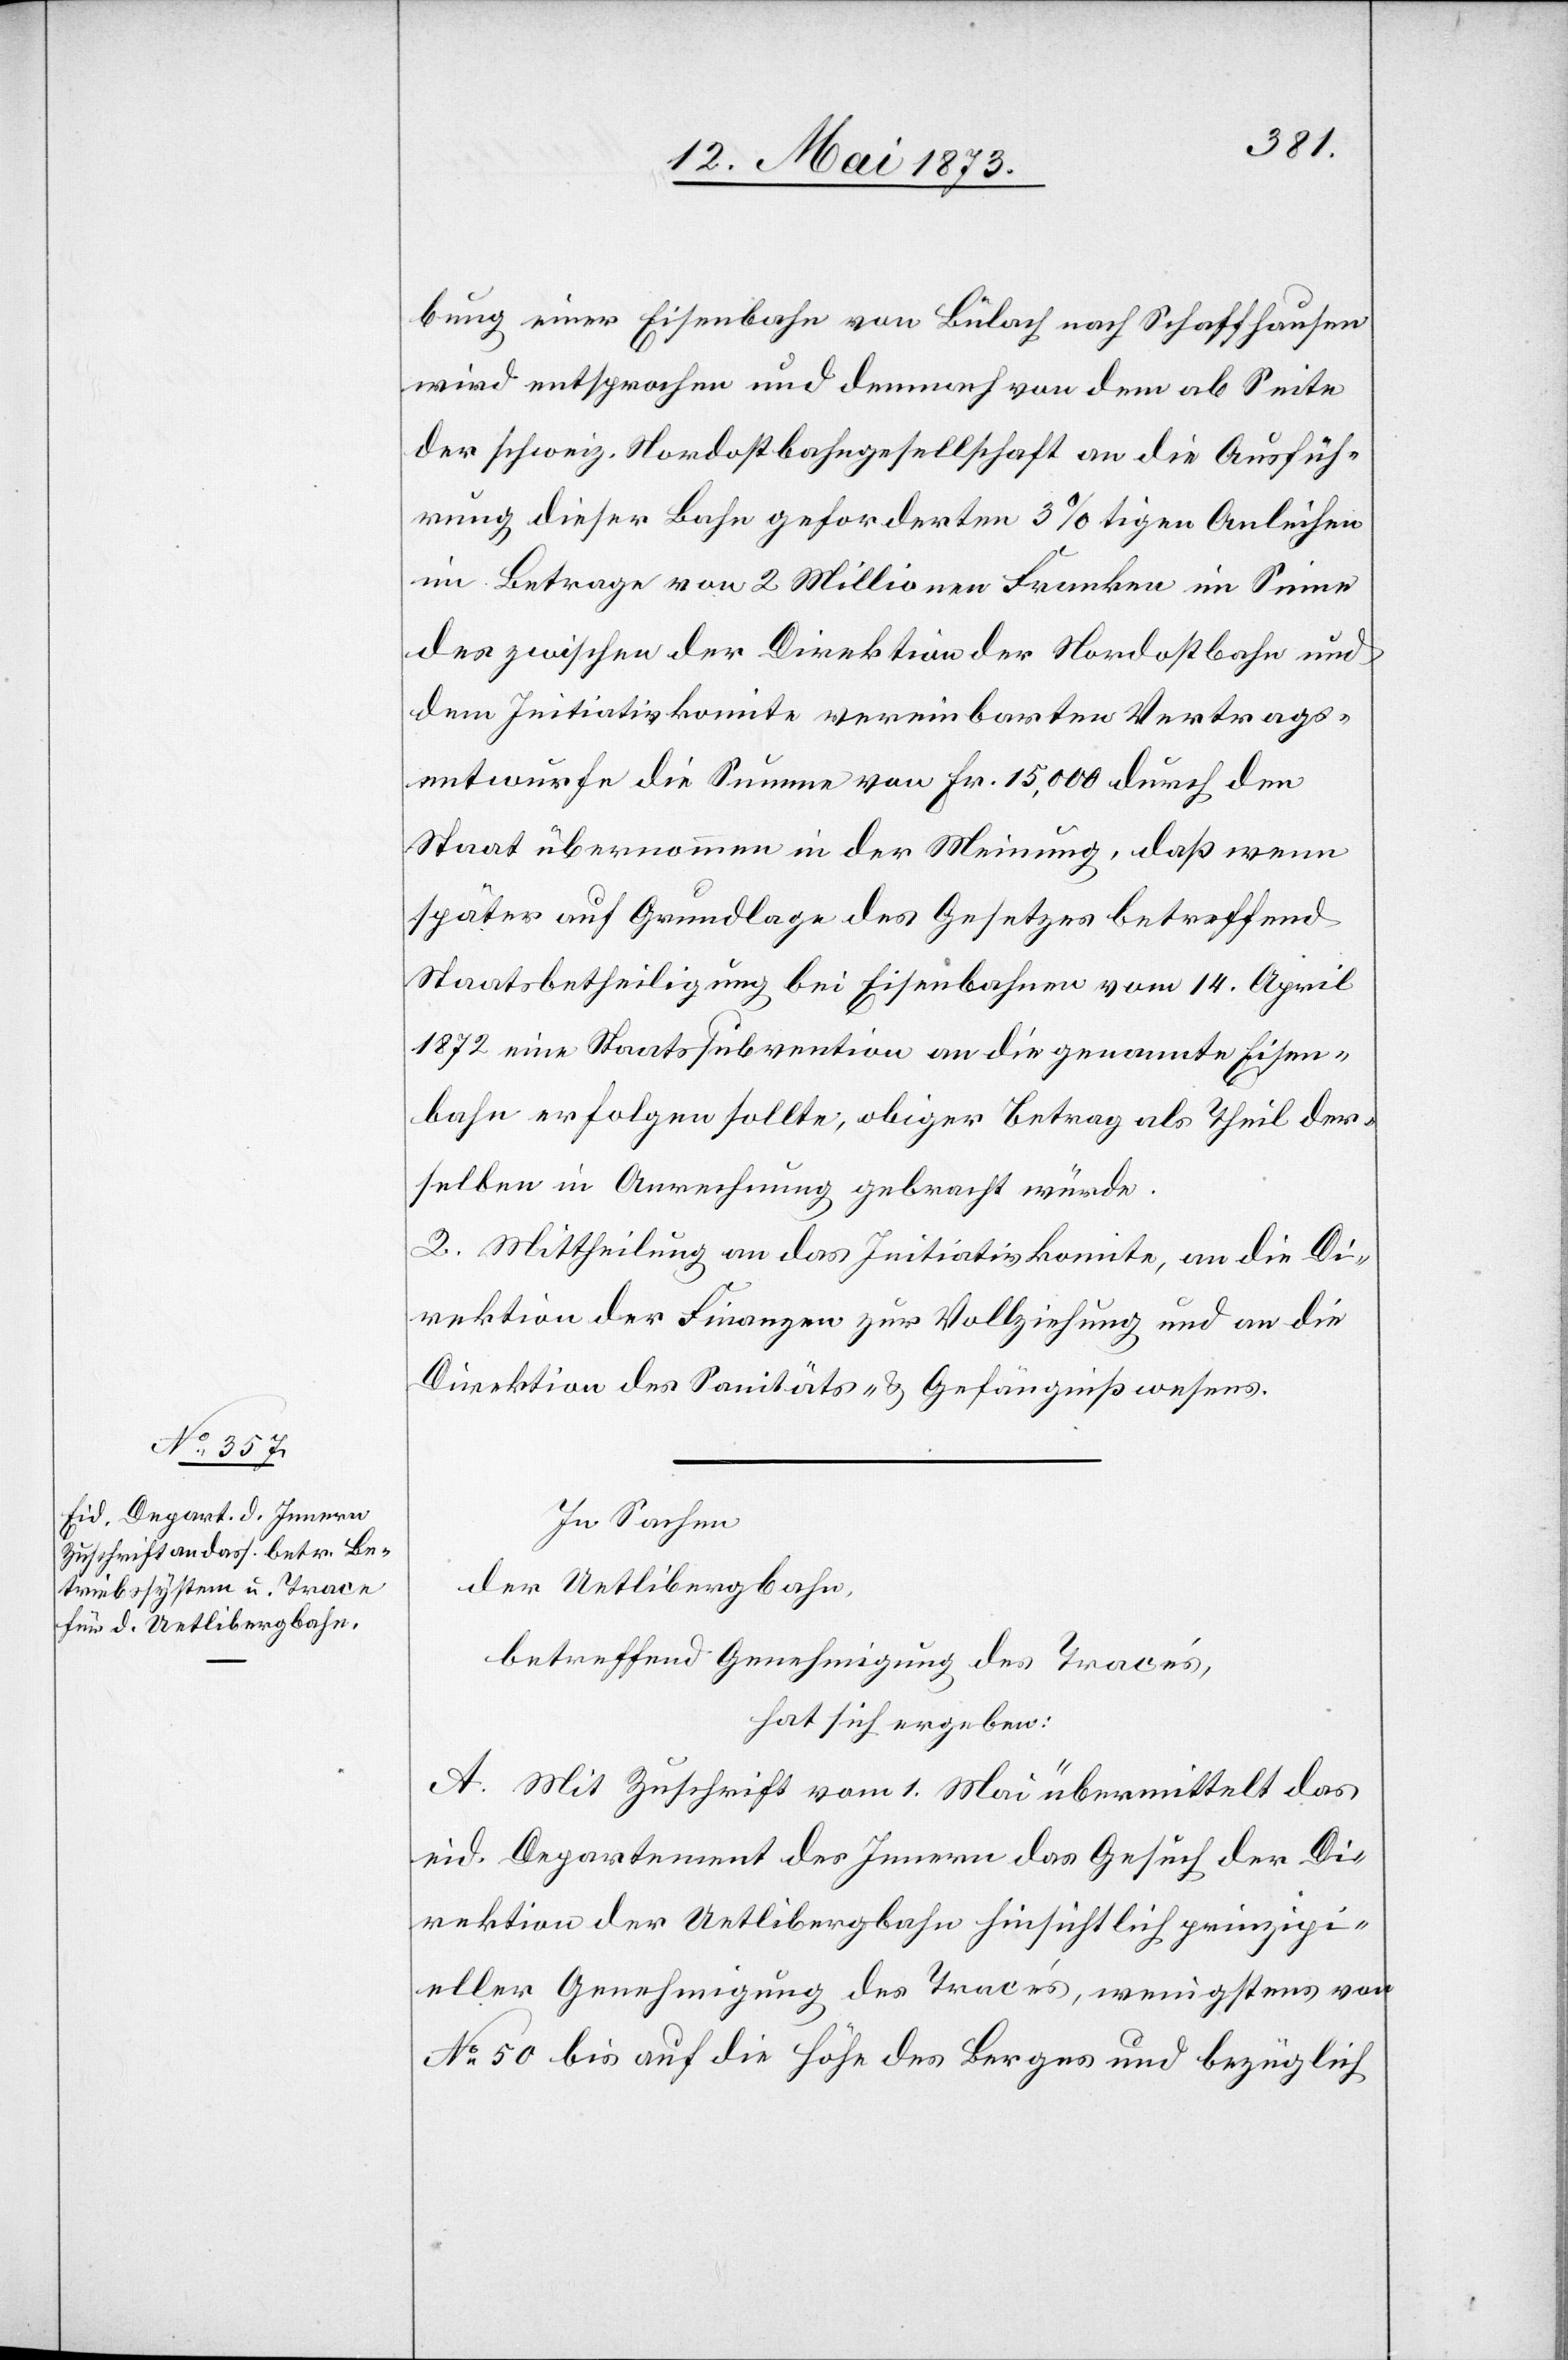
bung einer Eisenbahn von Bülach nach Schaffhausen
wird entsprochen und demnach von dem ab Seite
der schweiz. Nordostbahngesellschaft an die Ausfüh¬
rung dieser Bahn geforderten 3%tigen Anleihen
im Betrage von 2 Millionen Franken im Sinne
des zwischen der Direktion der Nordostbahn und
dem Initiativkomite vereinbarten Vertrags¬
entwurfe die Summe von Fr. 15,000 durch den
Staat übernommen in der Meinung, daß wenn
später auf Grundlage des Gesetzes betreffend
Staatsbetheiligung bei Eisenbahnen vom 14. April
1872 eine Staatssubvention an die genannte Eisen¬
bahn erfolgen sollte, obiger Betrag als Theil der¬
selben in Anrechnung gebracht würde.
2. Mittheilung an das Initiativkomite, an die Di¬
rektion der Finanzen zur Vollziehung und an die
Direktion des Sanitäts- & Gefängnißwesens.
In Sachen
der Uetlibergbahn,
betreffend Genehmigung des Tracés,
hat sich ergeben:
A. Mit Zuschrift vom 1. Mai übermittelt das
eid. Departement des Innern das Gesuch der Di¬
rektion der Uetlibergbahn hinsichtlich prinzipi¬
eller Genehmigung des Tracés, wenigstens von
No 50 bis auf die Höhe des Berges und bezüglich